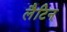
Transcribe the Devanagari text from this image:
लैटिन्